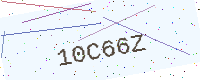
Text: 10C66Z